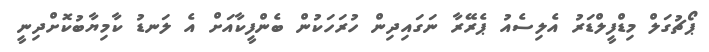
ޕޯޗުގަލް މިޑްފީލްޑަރު އެލިސެއު ޕެރޭރާ ނަގައިދިން ހުރަހަކުން ބެންފީކާއަށް އެ ލަނޑު ކާމިޔާބުކޮށްދިނީ